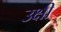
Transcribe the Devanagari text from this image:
उक्षी